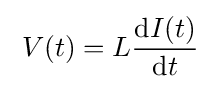
\;V(t)=L{\frac {\mathrm {d} I(t)}{\mathrm {d} t}}\;